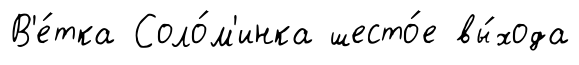
В'е́тка Соло́м'инка шесто́е вы́хода